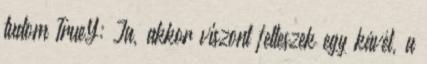
tudom TrueY: Ja, akkor viszont felteszek egy kávét, a